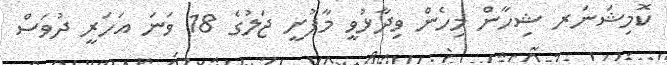
ކޮމިޝަނަރ ޝިހާން މިހެން ވިދާޅުވީ މާފުށީ ޖަލުގެ 18 ވަނަ އަހަރީ ދުވަސް